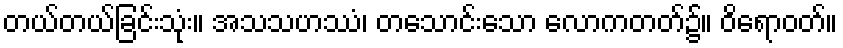
တယ်တယ်ခြင်းသုံး။ အသသဟဿံ၊ တသောင်းသော လောကတတ်၌။ ဝိရောဝတ်။